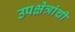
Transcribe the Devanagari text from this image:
उपक्षेत्रांची